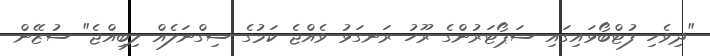
"ދިވެހި ފުޓްބޯޅައިގައި ސަޕޯޓަރުންގެ ރޫހު ރަނގަޅު ވެއްޖެ ކަމުގެ ސިގްނަލެއް ލިބިއްޖެ" ސުޒޭން